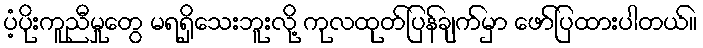
ပံ့ပိုးကူညီမှုတွေ မရရှိသေးဘူးလို့ ကုလထုတ်ပြန်ချက်မှာ ဖော်ပြထားပါတယ်။